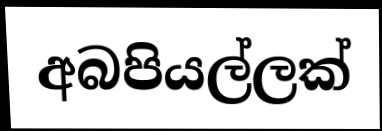
අබපියල්ලක්